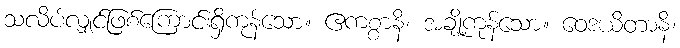
သလိပ်လျှင်ဖြစ်ကြောင်းရှိကုန်သော။ ဧကစ္စာနိ၊ အချို့ကုန်သော။ ဝေဒယိတာနိ၊